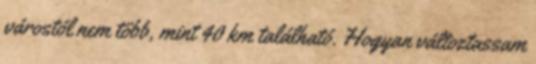
várostól nem több, mint 40 km található. Hogyan változtassam